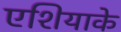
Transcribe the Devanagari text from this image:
एशियाके